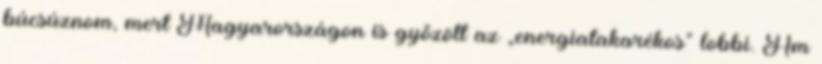
búcsúznom, mert Magyarországon is győzött az „energiatakarékos” lobbi. Ám